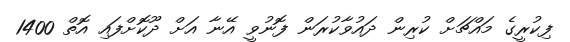
ފިކުރީގެ މައްޗަށް ކުރިން ދައުވާކުރަން ފޮނުވީ އޭނާ އަށް ދޫކޮށްފައި އޮތް 1400